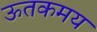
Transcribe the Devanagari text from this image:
ऊतकमय